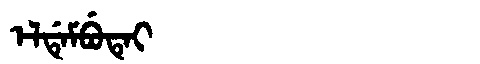
Manchu: ᡝᠯᡩᡝᠮᠪᡠᡨᡝᡳ
Romanization: ELDEMBUTEI